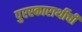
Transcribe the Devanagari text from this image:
पुरस्कारार्थीची